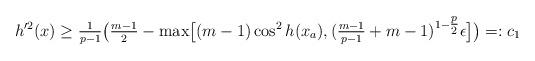
LaTeX: \begin{align*}h'^2(x)\geq \tfrac{1}{p-1}\big(\tfrac{m-1}{2}-\mbox{max}\big[(m-1)\cos^2 h(x_a),(\tfrac{m-1}{p-1}+m-1)^{1-\tfrac{p}{2}}\epsilon\big]\big)=:c_1\end{align*}